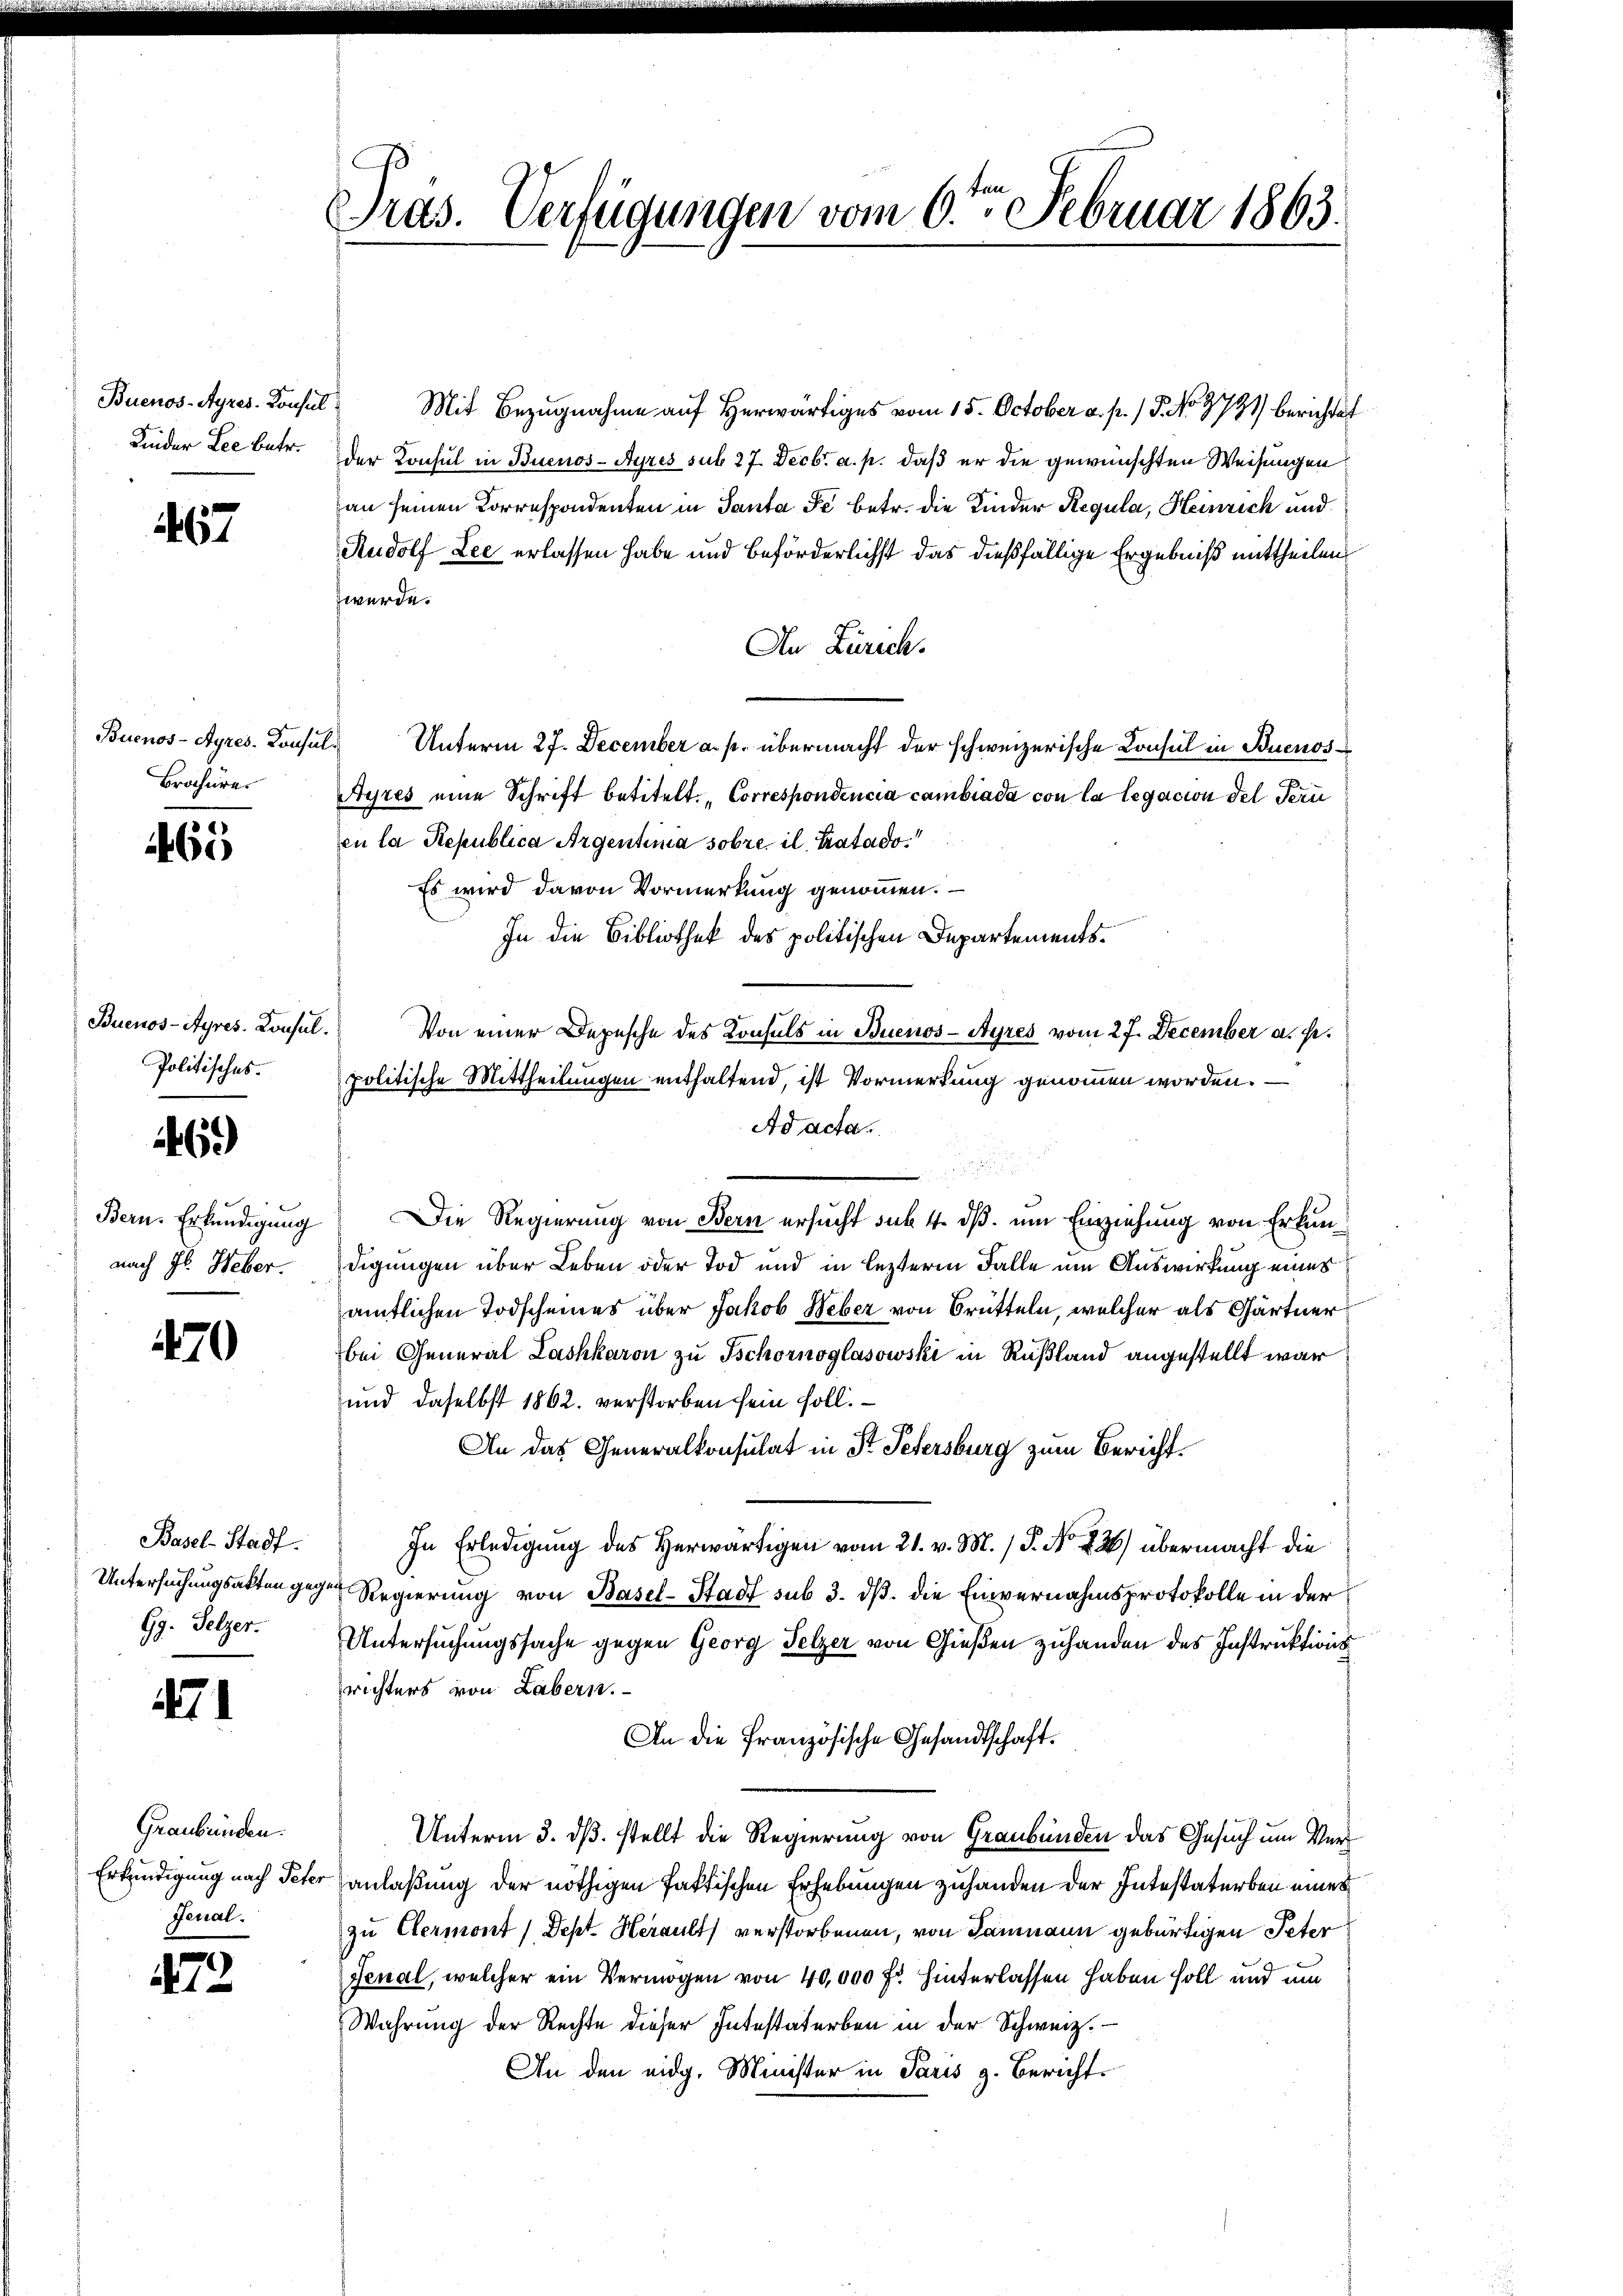
Buenos-Ayres-Consul
Kinder Lee betr.

467

Buenos-Ayres. Konsu
Brahurer

5
460

Buenos-Ayres. Konsul
Politisches.

69)

Bern. Erkundigung
nach Hr. Weber.

470

Basel-Stadt.
Untersuchungsakten geg
Gg. Gelzer.

471

Graubünden.
Erkundigung nach Pete
Ferial.

472

Präs. Verfügungen vom 6ten Februar 1863.

Mit Bezugnahme auf Herwärtiges vom 15. October a. p. / P. No 9731) berichtet
der Konsul in Buenos-Ayres sub 27. Decbr. a. p. daß er die gewünschten Weisungen
an seinen Korrespondenten in Santa Je betr. die Kinder Regula, Heinrich und
Rudolf Lee erlassen habe und beförderlichst das dießfällige Ergebniß mittheilen
werde.
An Zürich.
Unterm 27. December a. p. übermacht der schweizerische Consul in Buenos¬
Ayres eine Schrift betitelt. „Correspondencia cambiada con la legation des Fern
en la Republica Argentinia sobre. il, Catado.
Es wird davon Vormerkung genommen.
In die Bibliothek des politischen Departements¬
Von einer Depesche des Konsuls in Buenos-Ayres vom 27. December a. p.
politische Mittheilungen enthaltend, ist Vormerkung genommen worden. —
Ad acta.
Die Regierung von Bern ersucht sub. 4. dß. um Einziehung von Erkundigungen über Leben oder Tod und in lezterm Falle um Auswirkung eines
amtlichen Todscheines über Jakob Weber von Brütteln, welcher als Gärtner
bei General Lashkaron zu schornoglasowski in Rußland angestellt war
und daselbst 1862. verstorben sein soll.
An das Generalkonsulat in St. Petersburg zum Bericht¬
In Erledigung des Herwärtigen vom 21. v. M. P. No 226) übermacht die
Regierung von Basel-Stadt sub 3. dß. die Einvernahmsprotokolle in der
Untersuchungssache gegen Georg Gelzer von Gießen zuhanden des Instruktionsrichters von Labern.
An die Französische Gesandtschaft.
Unterm 3. dß. stellt die Regierung von Graubünden das Gesuch um Veranlaßung der nöthigen faktischen Erhebungen zuhanden der Intestaterben einer
zu Germont / Dept Herault verstorbenen, von Baumann gebürtigen Peter
senal, welcher ein Vermögen von 40,000 Fr. hinterlassen haben soll und um
Wahrung der Rechte dieser Intestaterben in der Schweiz.
An den eidg. Minister in Paris z. Bericht.